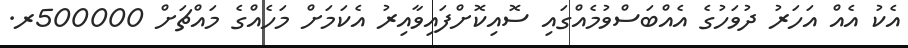
އެކު އެއް އަހަރު ދުވަހުގެ އެއްބަސްވުމެއްގައި ސޮއިކޮށްފައިވާއިރު އެކަމަށް މަހެއްގެ މައްޗަށް 500000ރ.